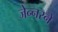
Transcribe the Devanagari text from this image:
जेन्नरने